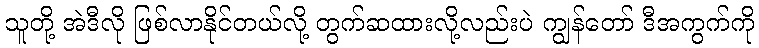
သူတို့ အဲဒီလို ဖြစ်လာနိုင်တယ်လို့ တွက်ဆထားလို့လည်းပဲ ကျွန်တော် ဒီအကွက်ကို